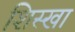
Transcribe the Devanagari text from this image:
शिस्खा